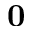
\mathbf { 0 }